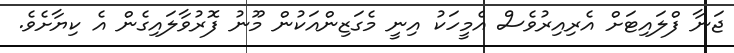
ޖަނާ ފްލައިޓަށް އެރިއިރުވެސް އެމީހަކު އިނީ މެގަޒިންއަކުން މޫނު ފޮރުވާލައިގެން އެ ކިޔާށެވެ.